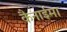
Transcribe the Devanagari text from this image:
कैनाईमा